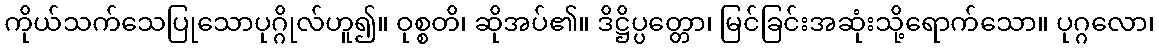
ကိုယ်သက်သေပြုသောပုဂ္ဂိုလ်ဟူ၍။ ဝုစ္စတိ၊ ဆိုအပ်၏။ ဒိဋ္ဌိပ္ပတ္တော၊ မြင်ခြင်းအဆုံးသို့ရောက်သော။ ပုဂ္ဂလော၊